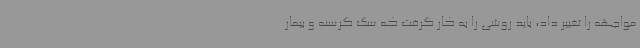
مواجهه را تغییر داد، باید روشی را به کار گرفت که سگ گرسنه و بیمار